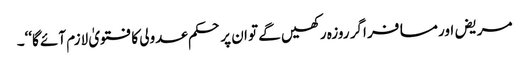
مریض اور مسافر اگر روزہ رکھیں گے تو ان پر حکم عدولی کا فتویٰ لازم آئے گا‘‘۔